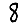
Digit: 8